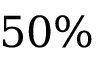
5 0 \%